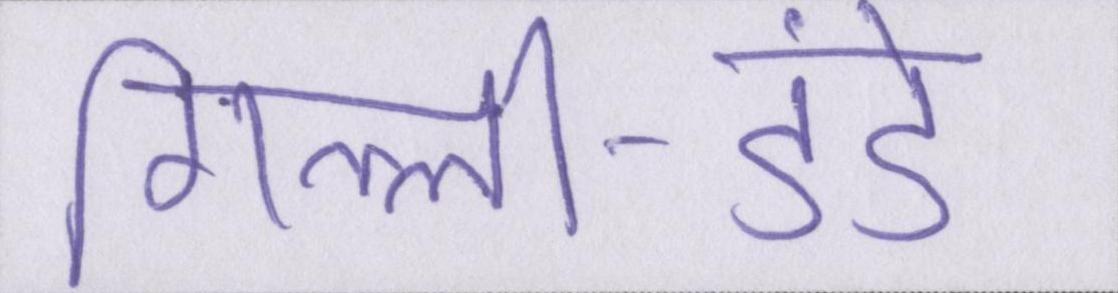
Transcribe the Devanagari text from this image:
गिल्ली-डंडे